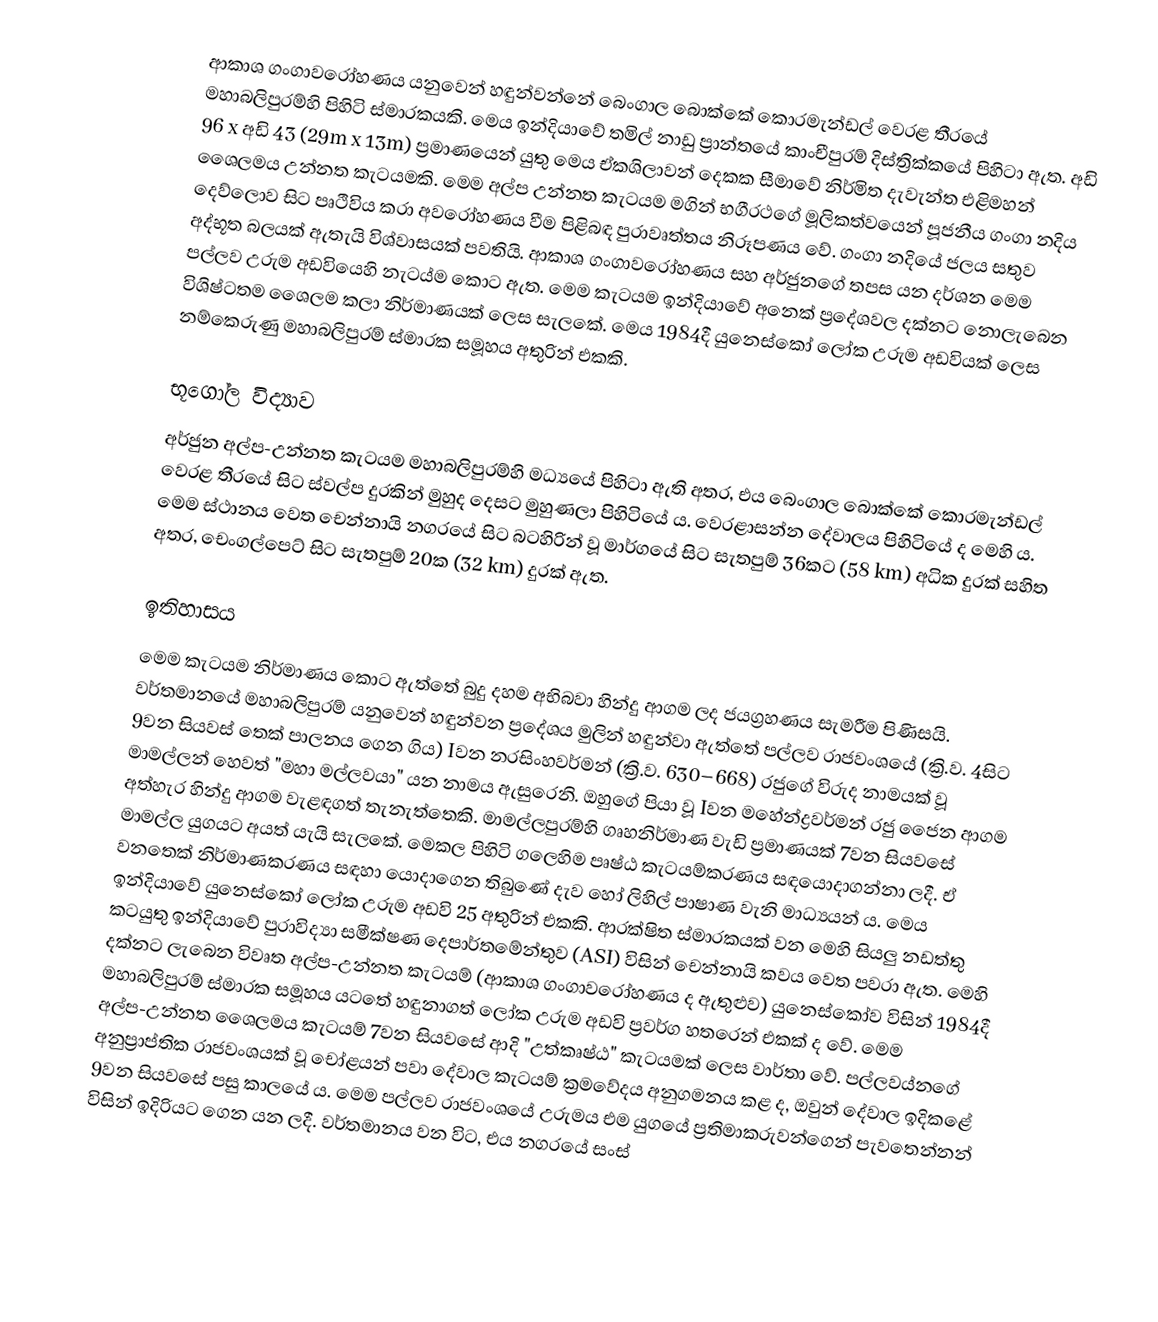
ආකාශ ගංගාවරෝහණය යනුවෙන් හඳුන්වන්නේ බෙංගාල බොක්කේ කොරමැන්ඩල් වෙරළ තීරයේ මහාබලිපුරම්හි පිහිටි ස්මාරකයකි. මෙය ඉන්දියාවේ තමිල් නාඩු ප්‍රාන්තයේ කාංචීපුරම් දිස්ත්‍රික්කයේ පිහිටා ඇත. අඩි 96 x අඩි 43 (29m x 13m) ප්‍රමාණයෙන් යුතු මෙය ඒකශිලාවන් දෙකක සීමාවේ නිර්මිත දැවැන්ත එළිමහන් ශෛලමය උන්නත කැටයමකි. මෙම අල්ප උන්නත කැටයම මගින් භගීරථගේ මූලිකත්වයෙන් පූජනීය ගංගා නදිය දෙව්ලොව සිට පෘථිවිය කරා අවරෝහණය වීම පිළිබඳ පුරාවෘත්තය නිරූපණය වේ. ගංගා නදියේ ජලය සතුව අද්භූත බලයක් ඇතැයි විශ්වාසයක් පවතියි. ආකාශ ගංගාවරෝහණය සහ අර්ජුනගේ තපස යන දර්ශන මෙම පල්ලව උරුම අඩවියෙහි නැටය්ම කොට ඇත. මෙම කැටයම ඉන්දියාවේ අනෙක් ප්‍රදේශවල දක්නට නොලැබෙන විශිෂ්ටතම ශෛලම කලා නිර්මාණයක් ලෙස සැලකේ. මෙය 1984දී යුනෙස්කෝ ලෝක උරුම අඩවියක් ලෙස නම්කෙරුණු මහාබලිපුරම් ස්මාරක සමූහය අතුරින් එකකි.

භූගෝල විද්‍යාව
අර්ජුන අල්ප-උන්නත කැටයම මහාබලිපුරම්හි මධ්‍යයේ පිහිටා ඇති අතර, එය ‍බෙංගාල බොක්කේ කොරමැන්ඩල් වෙරළ තීරයේ සිට ස්වල්ප දුරකින් මුහුද දෙසට මුහුණලා පිහිටියේ ය. වෙරළාසන්න දේවාලය පිහිටියේ ද මෙහි ය. මෙම ස්ථානය වෙත චෙන්නායි නගරයේ සිට බටහිරින් වූ මාර්ගයේ සිට සැතපුම් 36කට (58 km) අධික දුරක් සහිත අතර, චෙංගල්පෙට් සිට සැතපුම් 20ක (32 km) දුරක් ඇත.

ඉතිහාසය
මෙම කැටයම නිර්මාණය කොට ඇත්තේ බුදු දහම අභිබවා හින්දු ආගම ලද ජයග්‍රහණය සැමරීම පිණිසයි. වර්තමානයේ මහාබලිපුරම් යනුවෙන් හඳුන්වන ප්‍රදේශය ‍මුලින් හඳුන්වා ඇත්තේ පල්ලව රාජවංශයේ (ක්‍රි.ව. 4සිට 9වන සියවස් තෙක් පාලනය ගෙන ගිය) Iවන නරසිංහවර්මන් (ක්‍රි.ව. 630–668) රජුගේ විරුද නාමයක් වූ මාමල්ලන් හෙවත් "මහා මල්ලවයා" යන නාමය ඇසුරෙනි. ඔහුගේ පියා වූ Iවන මහේන්ද්‍රවර්මන් රජු ජෛන ආගම අත්හැර හින්දු ආගම වැළඳගත් තැනැත්තෙකි. මාමල්ලපුරම්හි ගෘහනිර්මාණ වැඩි ප්‍රමාණයක් 7වන සියවසේ මාමල්ල යුගයට අයත් යැයි සැලකේ. මෙකල පිහිටි ගලෙහිම පෘෂ්ඨ කැටයම්කරණය සඳයොදාගන්නා ලදී. ඒ වනතෙක් නිර්මාණකරණය සඳහා යොදාගෙන තිබුණේ දැව හෝ ලිහිල් පාෂාණ වැනි මාධ්‍යයන් ය. මෙය ඉන්දියාවේ යුනෙස්කෝ ලෝක උරුම අඩවි 25 අතුරින් එකකි. ආරක්ෂිත ස්මාරකයක් වන මෙහි සියලු නඩත්තු කටයුතු ඉන්දියාවේ පුරාවිද්‍යා සමීක්ෂණ දෙපාර්තමේන්තුව (ASI) විසින් චෙන්නායි කවය වෙත පවරා ඇත. මෙහි දක්නට ලැබෙන විවෘත අල්ප-උන්නත කැටයම් (ආකාශ ගංගාවරෝහණය ද ඇතුළුව) යුනෙස්කෝව විසින් 1984දී මහාබලිපුරම් ස්මාරක සමූහය යටතේ හඳුනාගත් ලෝක උරුම අඩවි ප්‍රවර්ග හතරෙන් එකක් ද වේ. මෙම අල්ප-උන්නත ශෛලමය කැටයම් 7වන සියවසේ ආදි "උත්කෘෂ්ඨ" කැටයමක් ලෙස වාර්තා වේ. පල්ලවය්නගේ අනුප්‍රාප්තික රාජවංශයක් වූ චෝළයන් පවා දේවාල කැටයම් ක්‍රමවේදය අනුගමනය කළ ද, ඔවුන් දේවාල ඉදිකළේ 9වන සියවසේ පසු කාලයේ ය. මෙම පල්ලව රාජවංශයේ උරුමය එම යුගයේ ප්‍රතිමාකරුවන්ගෙන් පැවතෙන්නන් විසින් ඉදිරියට ගෙන යන ලදී. වර්තමානය වන විට, එය නගරයේ සංස්